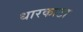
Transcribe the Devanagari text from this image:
धारकाटा